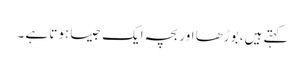
کہتے ہیں، بوڑھا اور بچہ ایک جیسا ہوتا ہے ۔